Lunatic asylums Bombay report 1891-1903 - 1891-1903
Year: 1891
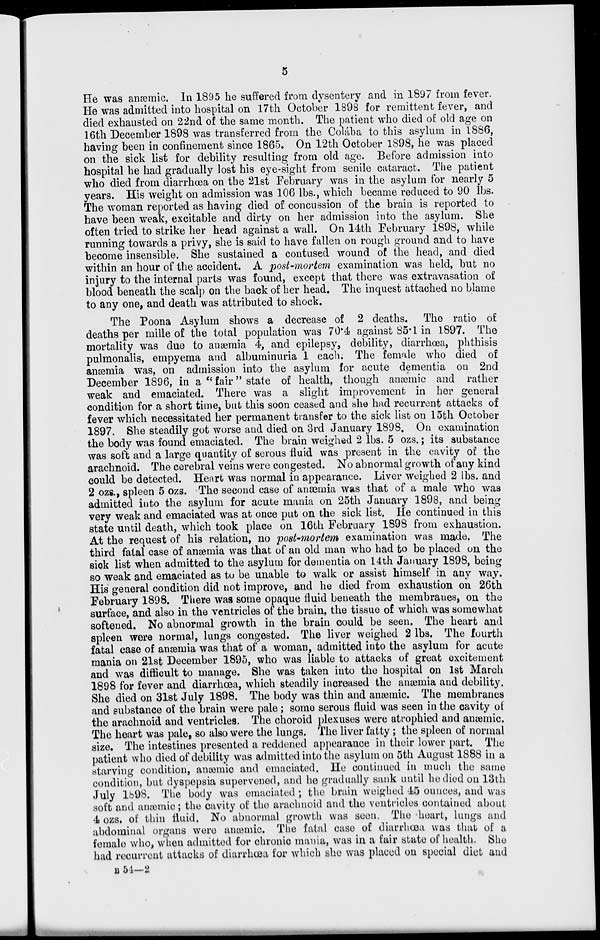
5
He was anæmic. In 1895 he suffered from dysentery and in 1897 from fever.
He was admitted into hospital on 17th October 1898 for remittent fever, and
died exhausted on 22nd of the same month. The patient who died of old age on
16th December 1898 was transferred from the Colába to this asylum in 1886,
having been in confinement since 1865. On 12th October 1898, he was placed
on the sick list for debility resulting from old age. Before admission into
hospital he had gradually lost his eye-sight from senile cataract. The patient
who died from diarrhœa on the 21st February was in the asylum for nearly 5
years. His weight on admission was 106 lbs., which became reduced to 90 lbs.
The woman reported as having died of concussion of the brain is reported to
have been weak, excitable and dirty on her admission into the asylum. She
often tried to strike her head against a wall. On 14th February 1898, while
running towards a privy, she is said to have fallen on rough ground and to have
become insensible. She sustained a contused wound of the head, and died
within an hour of the accident. A post-mortem examination was held, but no
injury to the internal parts was found, except that there was extravasation of
blood beneath the scalp on the back of her head. The inquest attached no blame
to any one, and death was attributed to shock.
The Poona Asylum shows a decrease of 2 deaths. The ratio of
deaths per mille of the total population was 70.4 against 85.1 in 1897. The
mortality was due to anæmia 4, and epilepsy, debility, diarrhoea, phthisis
pulmonalis, empyema and albuminuria 1 each. The female who died of
anæmia was, on admission into the asylum for acute dementia on 2nd
December 1896, in a "fair" state of health, though anæmic and rather
weak and emaciated. There was a slight improvement in her general
condition for a short time, but this soon ceased and she had recurrent attacks of
fever which necessitated her permanent transfer to the sick list on 15th October
1897. She steadily got worse and died on 3rd January 1898. On examination
the body was found emaciated. The brain weighed 2 lbs. 5 ozs.; its substance
was soft and a large quantity of serous fluid was present in the cavity of the
arachnoid. The cerebral veins were congested. No abnormal growth of any kind
could be detected. Heart was normal in appearance. Liver weighed 2 lbs. and
2 ozs., spleen 5 ozs. The second case of anaemia was that of a male who was
admitted into the asylum for acute mania on 25th January 1898, and being
very weak and emaciated was at once put on the sick list. He continued in this
state until death, which took place on 16th February 1898 from exhaustion.
At the request of his relation, no post-mortem examination was made. The
third fatal case of anæmia was that of an old man who had to be placed on the
sick list when admitted to the asylum for dementia on 14th January 1898, being
so weak and emaciated as to be unable to walk or assist himself in any way.
His general condition did not improve, and he died from exhaustion on 26th
February 1898. There was some opaque fluid beneath the membranes, on the
surface, and also in the ventricles of the brain, the tissue of which was somewhat
softened. No abnormal growth in the brain could be seen. The heart and
spleen were normal, lungs congested. The liver weighed 2 lbs. The fourth
fatal case of anæmia was that of a woman, admitted into the asylum for acute
mania on 21st December 1895, who was liable to attacks of great excitement
and was difficult to manage. She was taken into the hospital on 1st March
1898 for fever and diarrhœa, which steadily increased the anæmia and debility.
She died on 31st July 1898. The body was thin and anæmic. The membranes
and substance of the brain were pale; some serous fluid was seen in the cavity of
the arachnoid and ventricles. The choroid plexuses were atrophied and anæmic.
The heart was pale, so also were the lungs. The liver fatty; the spleen of normal
size. The intestines presented a reddened appearance in their lower part. The
patient who died of debility was admitted into the asylum on 5th August 1888 in a
starving condition, anæmic and emaciated. He continued in much the same
condition, but dyspepsia supervened, and he gradually sank until he died on 13th
July 1898. The body was emaciated; the brain weighed 45 ounces, and was
soft and anæmic; the cavity of the arachnoid and the ventricles contained about
4 ozs. of thin fluid. No abnormal growth was seen. The heart, lungs and
abdominal organs were anæmic. The fatal case of diarrhœa was that of a
female who, when admitted for chronic mania, was in a fair state of health. She
had recurrent attacks of diarrhœa for which she was placed on special diet and
B 54—2